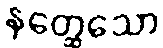
နတ္ထေသော